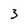
Character: 3